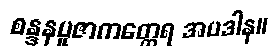
စန္ဒနပူဇာကတ္ထေရ အပဒါန။